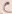
Text: C